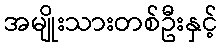
အမျိုးသားတစ်ဦးနှင့်